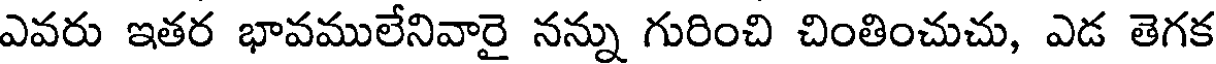
ఎవరు ఇతర భావములేనివారై నన్ను గురించి చింతించుచు, ఎడ తెగక